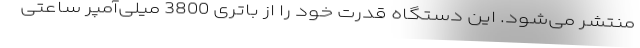
منتشر می‌شود. این دستگاه قدرت خود را از باتری 3800 میلی‌آمپر ساعتی